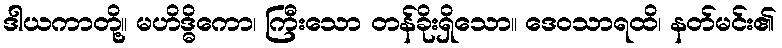
ဒါယကာတို့။ မဟိဒ္ဓိကော၊ ကြီးသော တန်ခိုးရှိသော။ ဒေဝသာရထိ၊ နတ်မင်း၏